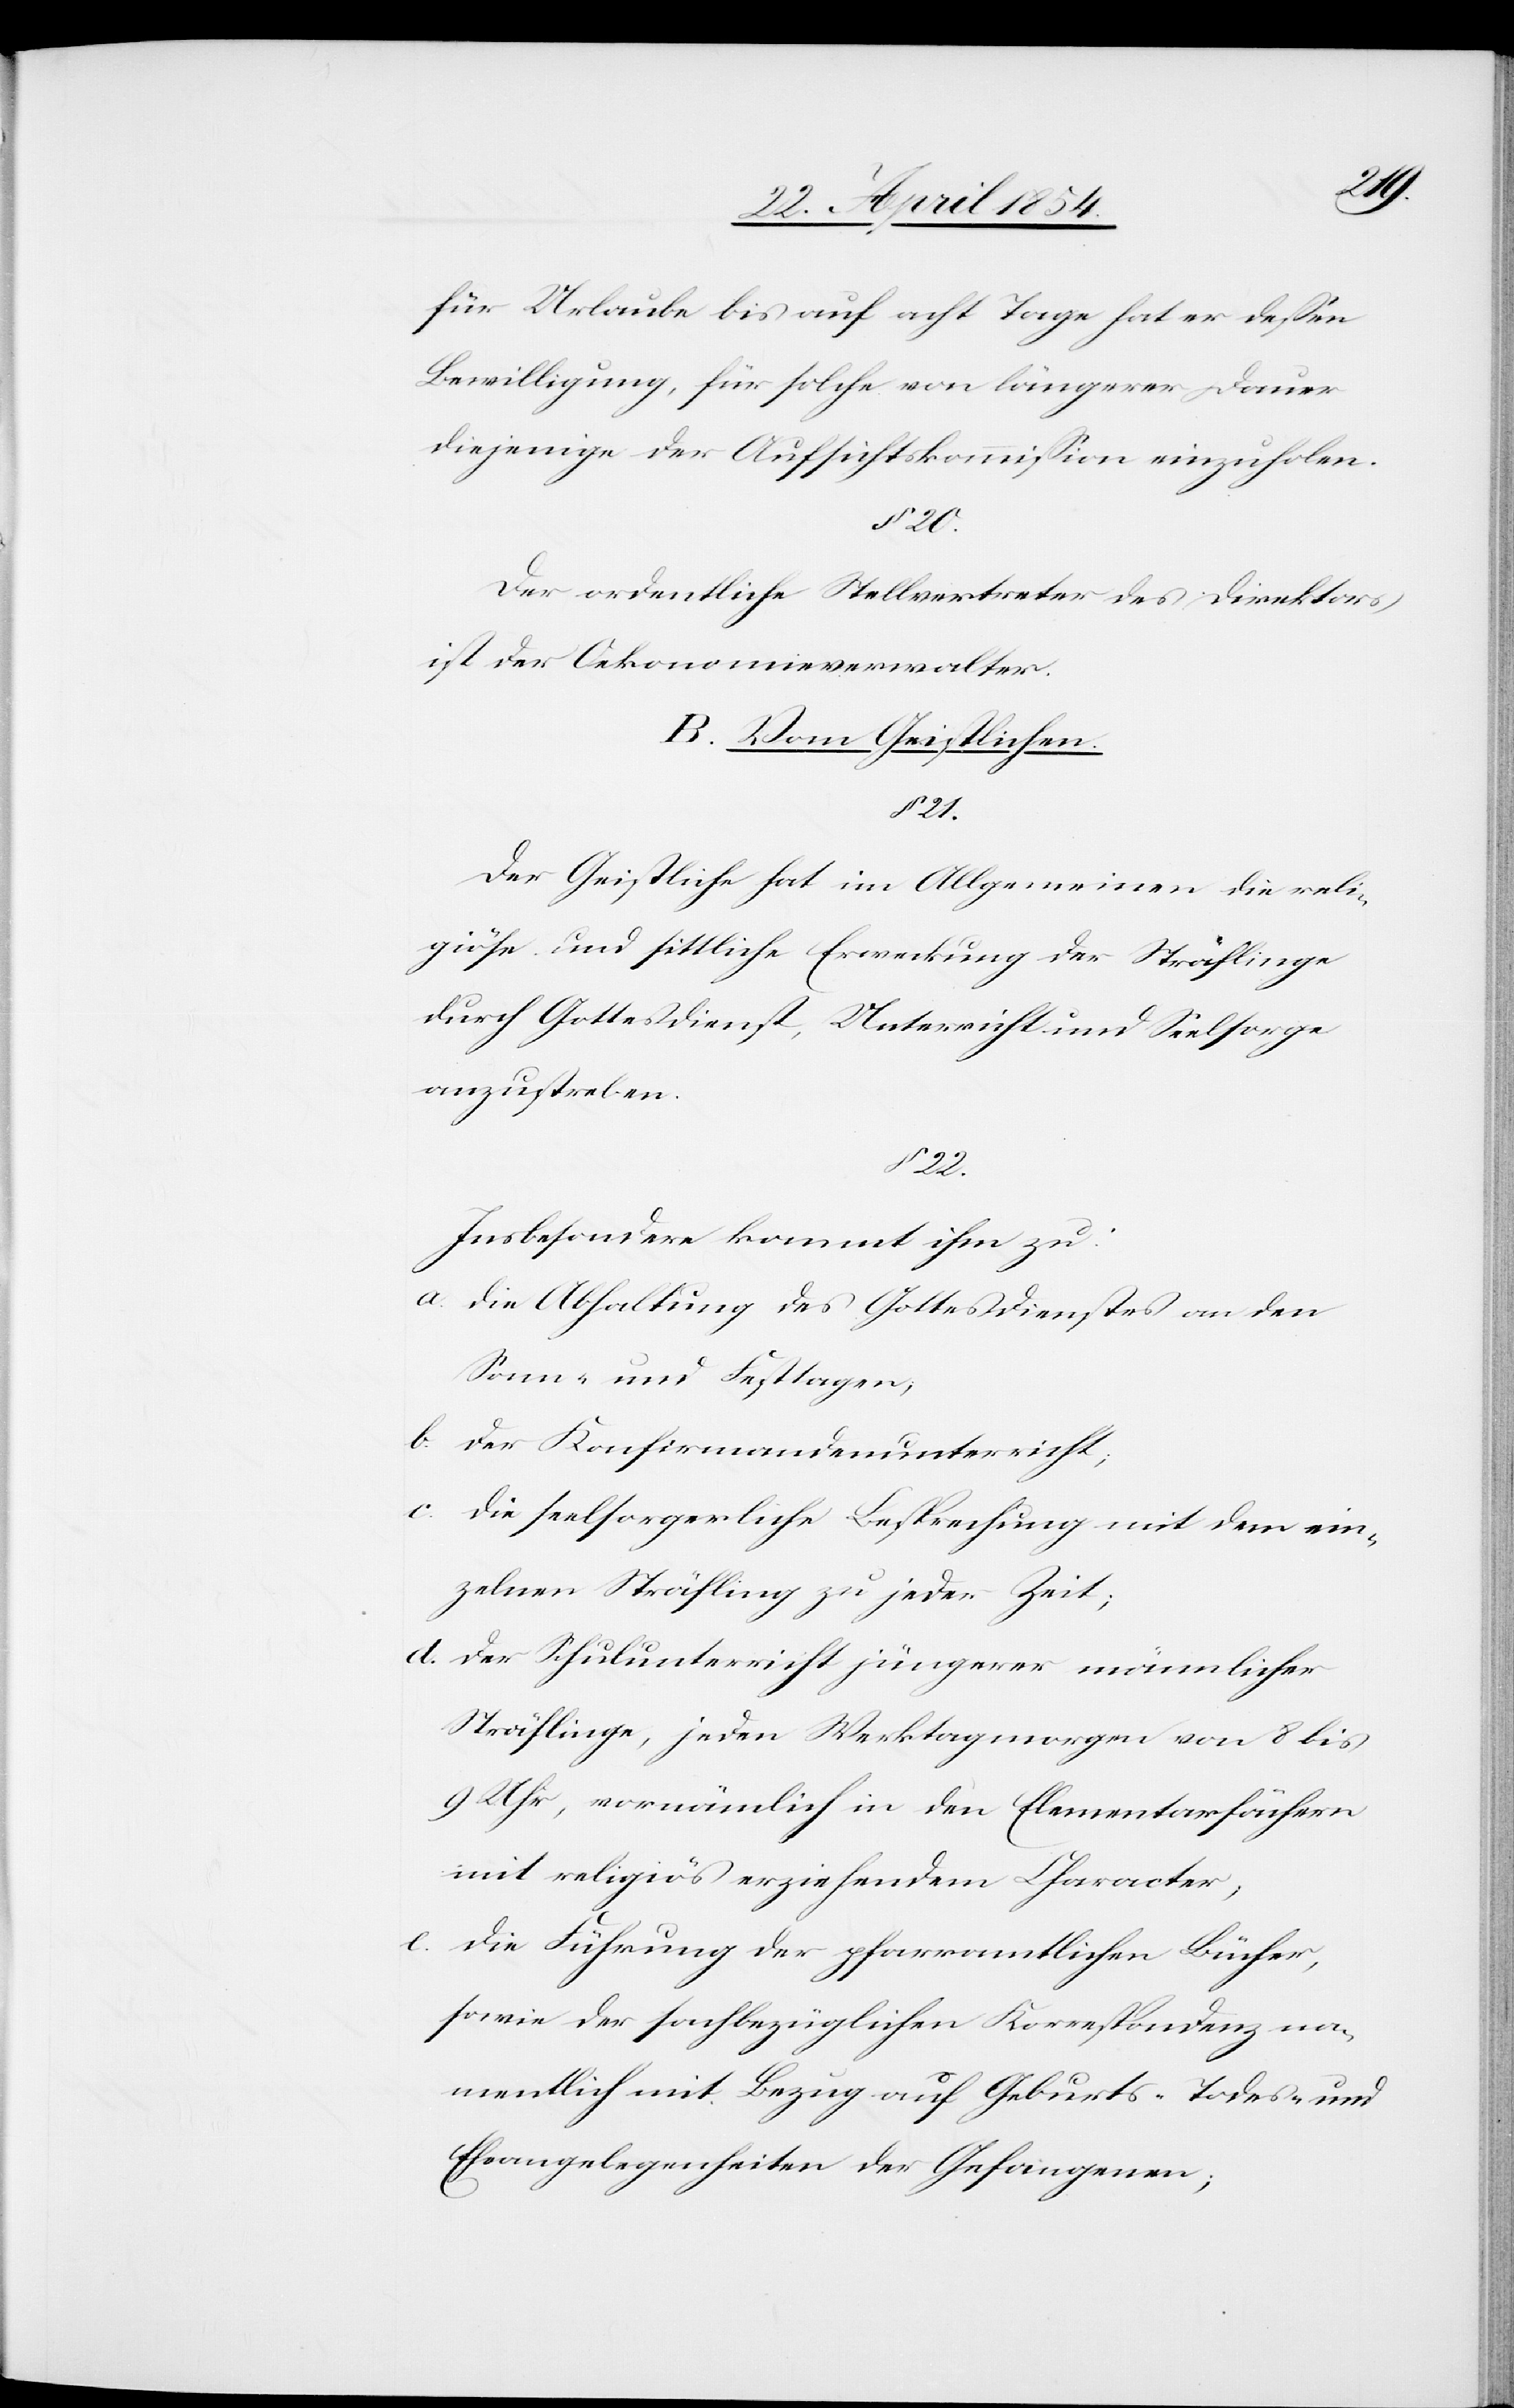
für Urlaube bis auf acht Tage hat er deßen
Bewilligung, für solche von längerer Dauer
diejenige der Aufsichtskommißion einzuholen.
Der ordentliche Stellvertreter des Direktors
ist der Oekonomieverwalter.
B. Vom Geistlichen.
21.
Der Geistliche hat im Allgemeinen die reli¬
giöse und sittliche Erweckung der Sträflinge
durch Gottesdienst, Unterricht und Seelsorge
anzustreben.
§ 22.
Insbesondere kommt ihm zu:
a. die Abhaltung des Gottesdienstes an den
Sonn- und Festtagen;
b. der Konfirmandenunterricht;
c. die seelsorgerliche Besprechung mit dem ein¬
zelnen Sträfling zu jeder Zeit;
d. der Schulunterricht jüngerer männlicher
Sträflinge, jeden Werktagmorgen von 8 bis
9 Uhr, vornämlich in den Elementarfächern
mit religiös erziehendem Character;
e. die Führung der pfarramtlichen Bücher,
sowie der sachbezüglichen Korrespondenz na¬
mentlich mit Bezug auf Geburts-[,] Todes- und
Eheangelegenheiten der Gefangenen;